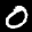
Label: 0